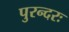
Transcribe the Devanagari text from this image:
पुरन्दरः